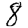
Digit: 8